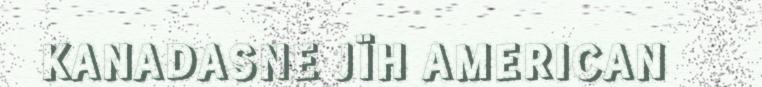
KANADASNE JÏH AMERICAN